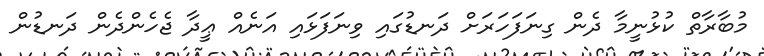
މުބާރާތް ކުޅުނީމާ ދެން ގިނަފަހަރަށް ދަނޑުގައި ވިނަފަޅައި އަނެއް ޢީދާ ޖެހެންދެން ދަނޑުން